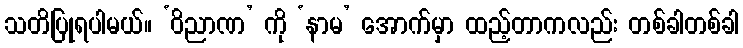
သတိပြုရပါမယ်။ ‘ဝိညာဏ’ ကို ‘နာမ’ အောက်မှာ ထည့်တာကလည်း တစ်ခါတစ်ခါ